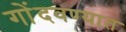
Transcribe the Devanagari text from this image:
गोंदवण्यात